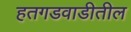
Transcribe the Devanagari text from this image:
हतगडवाडीतील